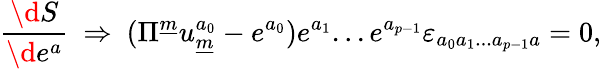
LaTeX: {\frac{\d S}{\d e^{a}}}~\Rightarrow~(\Pi^{\underline{{{m}}}}u_{\underline{{{m}}}}^{a_{0}}-e^{a_{0}})e^{a_{1}}...e^{a_{p-1}}\varepsilon_{a_{0}a_{1}...a_{p-1}a}=0,